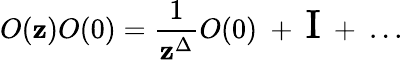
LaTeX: O(\mathbf{z})O(0)={\frac{{1}}{{\mathbf{z}^{\Delta}}}}O(0)~+~{\Large\mathrm{{I}}}~+~...